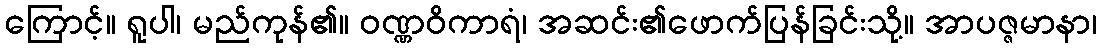
ကြောင့်။ ရူပါ၊ မည်ကုန်၏။ ဝဏ္ဏဝိကာရံ၊ အဆင်း၏ဖောက်ပြန်ခြင်းသို့။ အာပဇ္ဇမာနာ၊